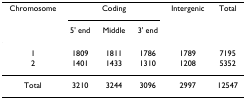
<table><thead><tr><td><b>Chromosome</b></td><td colspan="3"><b>Coding</b></td><td><b>Intergenic</b></td><td><b>Total</b></td></tr><tr><td></td><td><b>5&#x27; end</b></td><td><b>Middle</b></td><td><b>3&#x27; end</b></td><td></td><td></td></tr></thead><tbody><tr><td>1</td><td>1809</td><td>1811</td><td>1786</td><td>1789</td><td>7195</td></tr><tr><td>2</td><td>1401</td><td>1433</td><td>1310</td><td>1208</td><td>5352</td></tr><tr><td>Total</td><td>3210</td><td>3244</td><td>3096</td><td>2997</td><td>12547</td></tr></tbody></table>